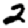
Digit: 2